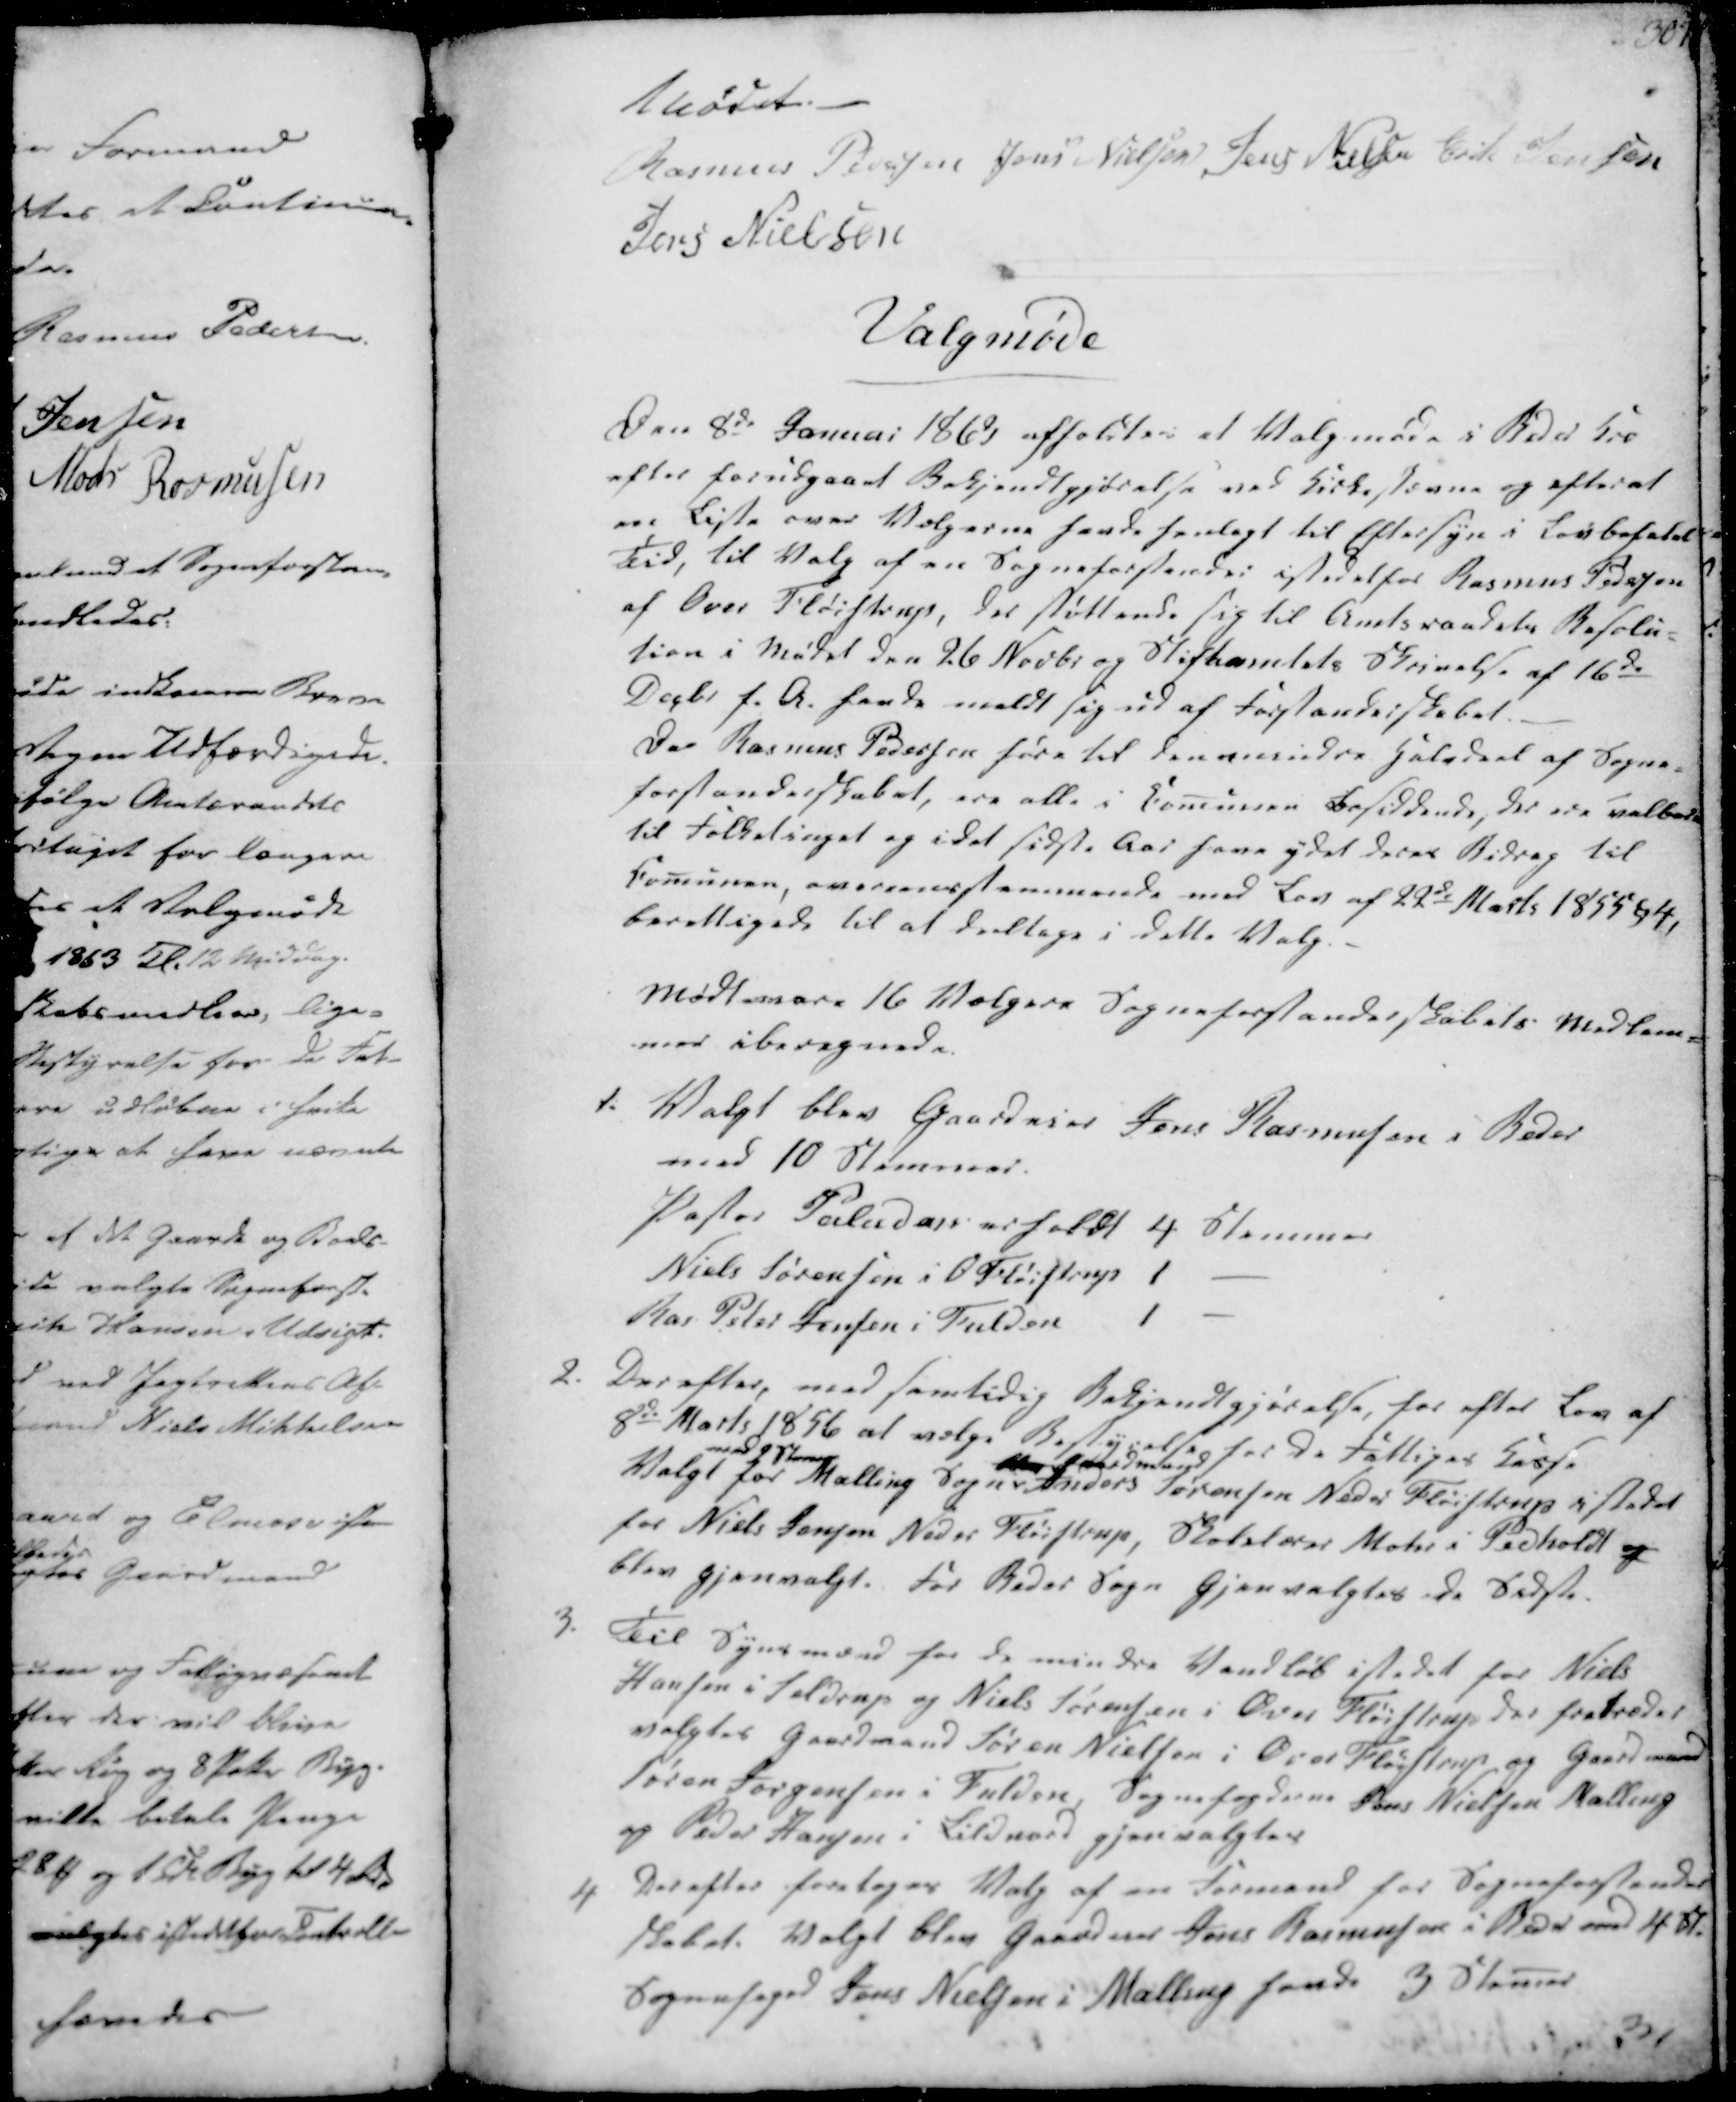
Transskription:
Mødet.
Rasmus Pedersen
Jens Nielsen
Jens Nielsen
Erik Jensen
Jens Nielsen

Valgmøde

Den 8de Januar 1863 afholdtes et Valgmøde i Beder Kro
efter forudgaaet Bekjendtgjørelse ved Kirkestævne og efter at
en Liste over Vælgerne havde henlagt til Eftersyn i Lovbefalet
Tid, til Valg af en Sogneforstander istedetfor Rasmus Pedersen
af Over Fløistrup, der støttende sig til Amtsraadets Resolu-
tion i Mødet den 26 Novbr og Stiftamtets Skrivelse af 16de
Decbr f.A. havde meldt sig ud af Forstanderskabet.
Da Rasmus Pedersen høre til den mindre Halvdeel af Sogne-
forstanderskabet, ere alle i Comunen Bosiddende, der ere valbare
til Folketinget og idet sidste Aar have ydet deres Bidrag til
Comunen, overeensstemmende med Lov af 22de Marts 1855 §4,
berettigede til at deeltage i dette Valg.
Mødt vare 16 Vælgere Sogneforstanderskabets Medlem-
mer iberegnede.

1. Valgt blev Gaardeier Jens Rasmussen i Beder
med 10 Stemmer.
Pastor Paludan erholdt 4 Stemmer
Niels Sørensen i O Fløistrup 1
Ras. Peter Jensen i Fulden
1

2. Derefter, med samtidig Bekjendtgjørelse, for efter Lov af
8de Marts 1856 at vælge Bestyrelse
for de Fattiges Kasse
Valgt
med 9 stemer
for Malling Sogn
efter denlaid
Anders Sørensen Neder Fløistrup i stedet
for Niels Jensen Neder Fløistrup, Skolelærer Mohr i Pedholdt og
blev gjenvalgt. For Beder Sogn gjenvalgtes de sidste.

3. Til Synsmænd for de mindre Vandløb istedet for Niels
Hansen i Seldrup og Niels Sørensen i Over Fløistrup der fratræder
valgtes Gaardmand Søren Nielsen i Over Fløistrup og Gaardmand
Søren Jørgensen i Fulden, Sognefogderne Jens Nielsen Malling
og Peder Hansen i Lildnord gjenvalgtes

4 Derefter foretages Valg af en Formand for Sogneforstander
skabet. Valgt blev Gaardeier Jens Rasmussen i Beder med 4 St.
Sognefoged Jens Nielsen i Malling havde 3 Stemer